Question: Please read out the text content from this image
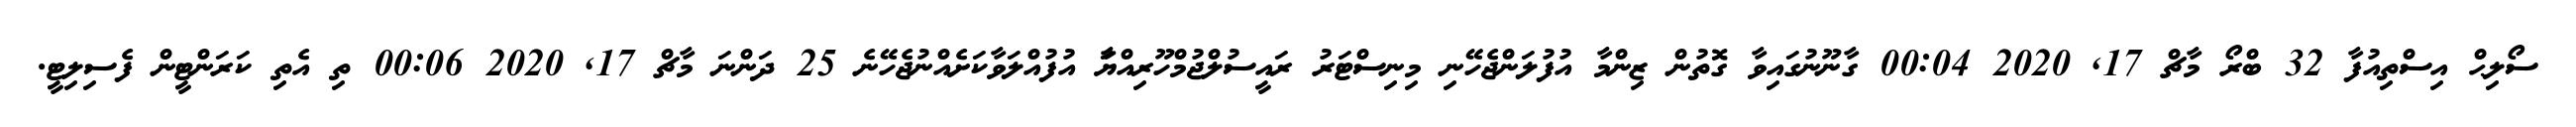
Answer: ސޯލިޙް އިސްތިއުފާ 32 ބްރޯ މާޗް 17, 2020 00:04 ގާނޫނުގައިވާ ގޮތުން ޒިންމާ އުފުލަންޖެހޭނި މިނިސްޓަރު ރައީސުލްޖުމްހޫރިއްޔަާ އުފުއްލަވާކަށެއްނުޖެހޭނެ 25 ދަންނަ މާޗް 17, 2020 00:06 ތި އެތި ކަރަންޓީން ފެސިލިޓީ.